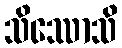
သိဿောသိ